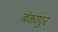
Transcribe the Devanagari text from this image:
बंकापुर